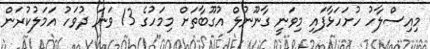
މިއިސްލާހު ހުށަހަޅާފައި މިވަނީ ގާނޫނުލް އުގޫބާތަށް މިމަހުގެ 13 ވަނަ ދުވަހު އަމަލުކުރަން